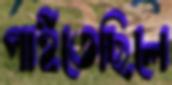
পাইতেছিলে